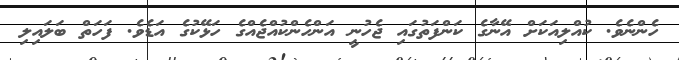
ހެންނެވެ. ކުއްލިއަކަށް އޭނާގެ ކަންފަތުގައި ޖެހުނީ އަންހެންކުއްޖެއްގެ ހަޅޭކުގެ އަޑެވެ. ފަހަތް ބަލައިލި